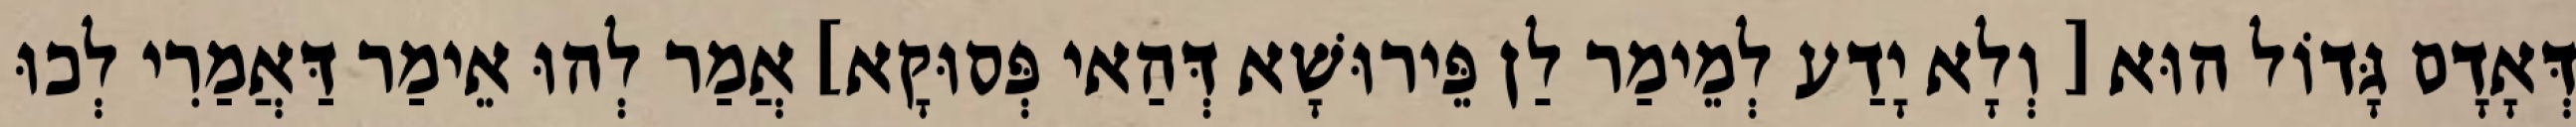
דְּאָדָם גָּדוֹל הוּא [ וְלָא יָדַע לְמֵימַר לַן פֵּירוּשָׁא דְּהַאי פְּסוּקָא] אֲמַר לְהוּ אֵימַר דַּאֲמַרִי לְכוּ